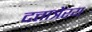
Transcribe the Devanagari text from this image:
दत्तात्रेरय